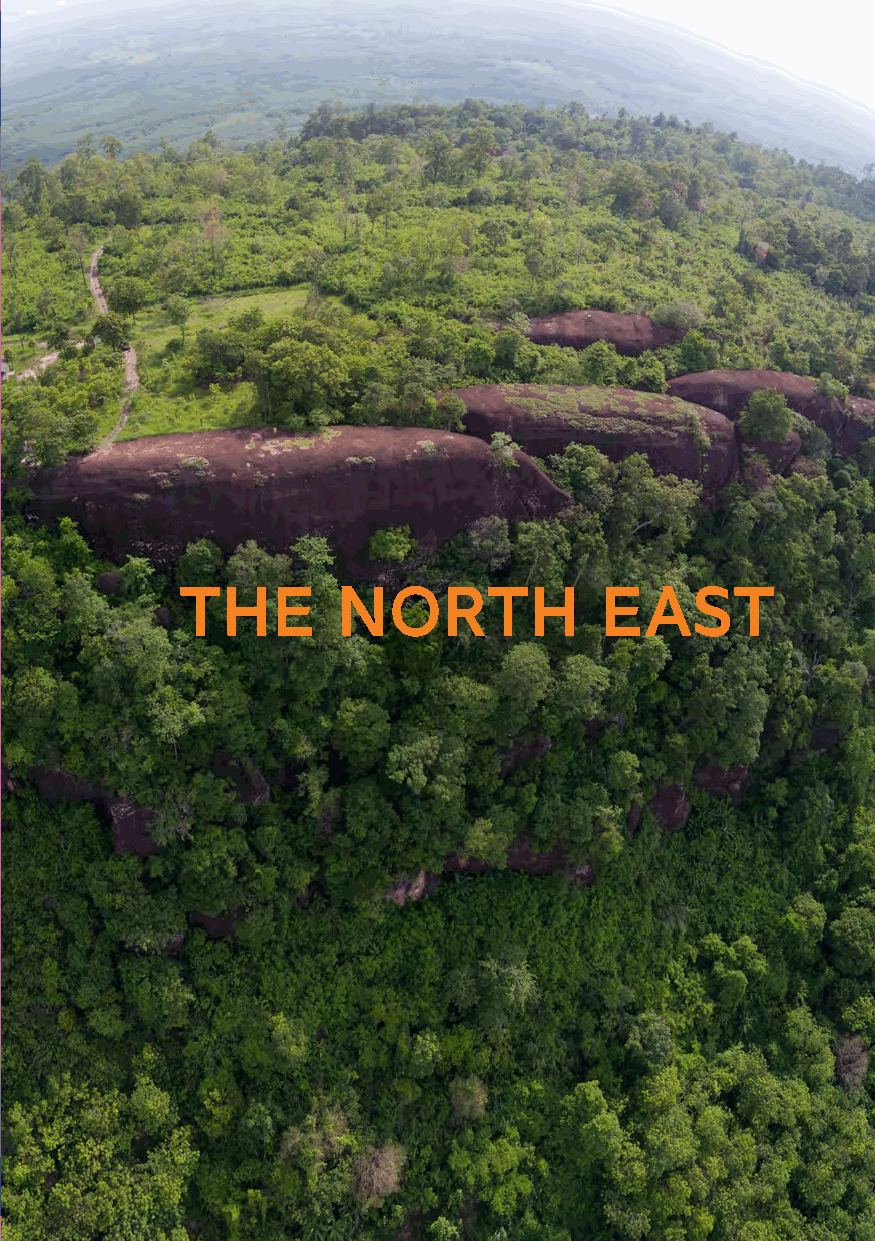
K h
 ai
 Bueng
 Kan
 N o n g
 Loei Udon Thani S
 N a
 L a mo n
 g
 N a k hk oo n N Pha ak nh oo mn
 B n
 Pu
 h ua
 M
 Kalasin u
 k
 d
 a h         THE       NORTH             EAST
 a
 n
 Chaiyaphum S
 a
 rM
 a
 hon
 a kh a ot
 Amnat
 h a
 m Roi Et
 Yas
 Charoen
 R
 a t c h aU b o n
 t
 Buri Ram
 Si Sa
 Ket
 h
 a ni
 Surin
 41